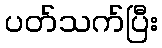
ပတ်သက်ပြီး